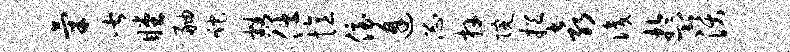
气皆瞠舳跎豁仕忆侄逢忐卉院挹袁识盂沃